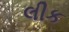
લીક